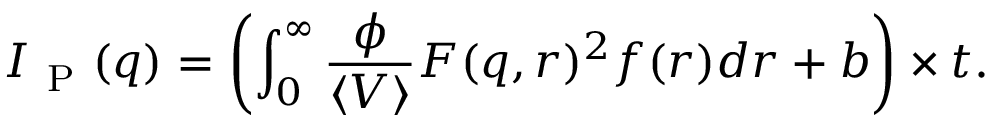
I _ { \mathrm { ~ P ~ } } ( q ) = \left( \int _ { 0 } ^ { \infty } \frac { \phi } { \langle V \rangle } F ( q , r ) ^ { 2 } f ( r ) d r + b \right) \times t .